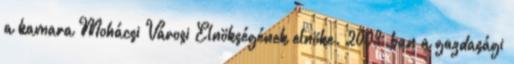
a kamara Mohácsi Városi Elnökségének elnöke. 2003-ban a gazdasági